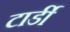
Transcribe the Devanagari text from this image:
टार्डी